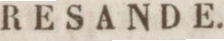
RESANDE.